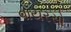
વાયરસો